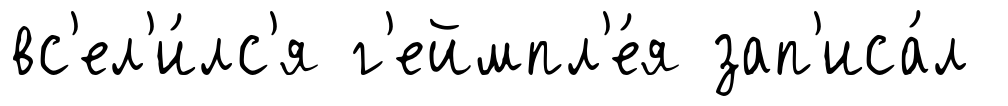
вс'ел'и́лс'я г'еймпл'е́я зап'иса́л